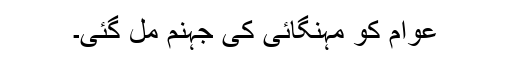
عوام کو مہنگائی کی جہنم مل گئی۔